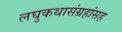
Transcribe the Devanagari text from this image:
लघुकथासंग्रहांसह